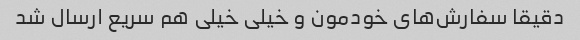
دقیقا سفارش‌های خودمون و خیلی خیلی هم سریع ارسال شد